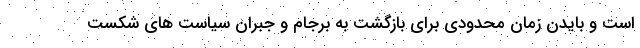
است و بایدن زمان محدودی برای بازگشت به برجام و جبران سیاست های شکست